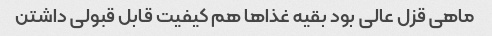
ماهی قزل عالی بود بقیه غذاها هم کیفیت قابل قبولی داشتن